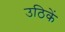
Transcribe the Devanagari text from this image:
उठिकें